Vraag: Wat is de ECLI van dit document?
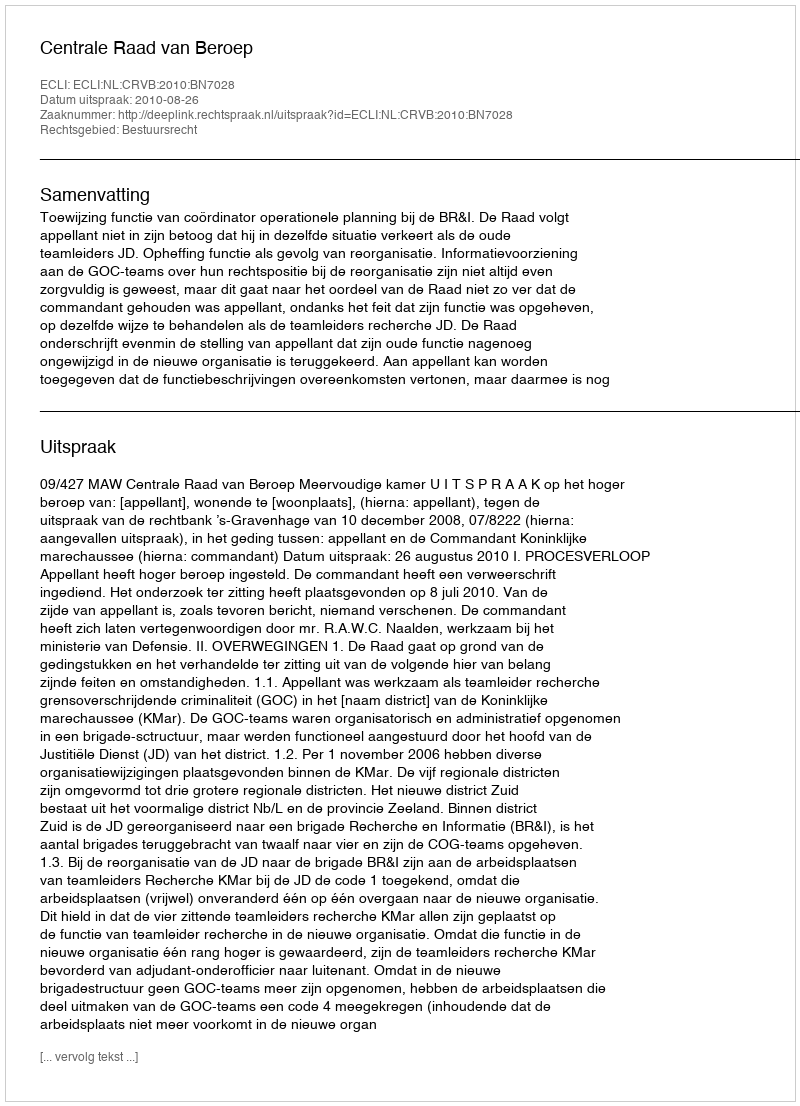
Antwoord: ECLI:NL:CRVB:2010:BN7028